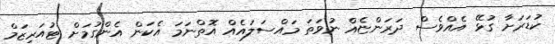
ކުޑަރަށާ ގުޅޭ އެއްވެސް ދަރަންޏެއް ނުވަތަ މައްސަލައެއް އޮތްނަމަ އެކަން އެންގުމަށް ޓުއަރިޒަމް